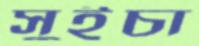
সুইচা